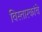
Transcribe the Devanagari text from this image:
विस्तारकांचे